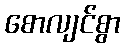
စောလျင်စွာ